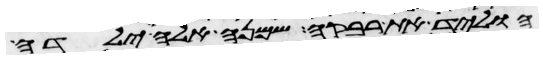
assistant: הוליד את רבקה שמנה אלה ילדה